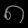
Digit: ၈